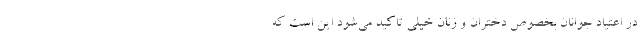
در اعتیاد جوانان بخصوص دختران و زنان خیلی تاکید می‌شود این است که